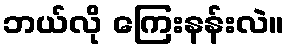
ဘယ်လို ကြေးနန်းလဲ။